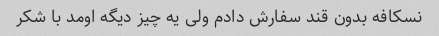
نسکافه بدون قند سفارش دادم ولی یه چیز دیگه اومد با شکر